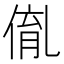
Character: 𠋃